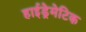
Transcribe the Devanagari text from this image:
हाईड्रेमेटिक